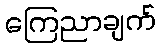
ကြေညာချက်